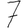
Digit: 7